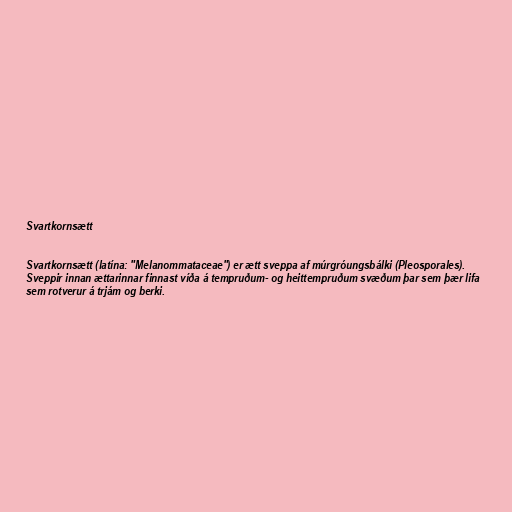
Svartkornsætt

Svartkornsætt (latína: "Melanommataceae") er ætt sveppa af múrgróungsbálki (Pleosporales).
Sveppir innan ættarinnar finnast víða á tempruðum- og heittempruðum svæðum þar sem þær lifa
sem rotverur á trjám og berki.